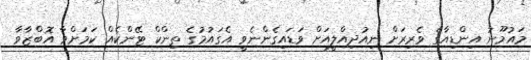
މައުމޫނު އިންޑިއާގެ ވެރިރަށް ނިއުދިއްލީއަށް ވަޑައިގެންނެވީ އެގައުމުގެ ތިންކް ޓޭންކެއް ކަމަށްވާ އޮބްޒާވާ